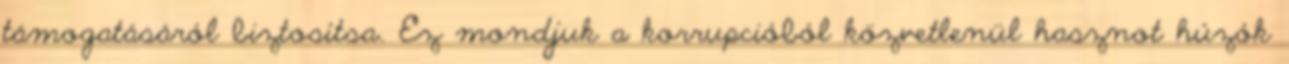
támogatásáról biztosítsa. Ez mondjuk a korrupcióból közvetlenül hasznot húzók